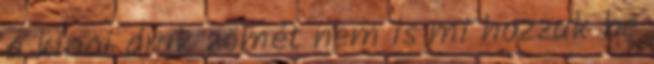
a kínai áruk zömét nem is mi hozzuk be